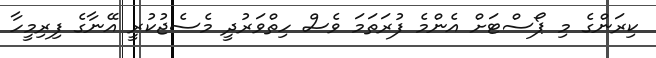
ކިރަންގެ މި ޕޯސްޓަށް އެންމެ ފުރަތަމަ ވެސް ހިތްވަރުދީ މެސެޖުކުރީ އޭނާގެ ފިރިމީހާ